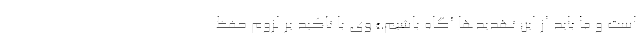
است و ما باید از این تهدیدها آگاه باشیم.» وی با تاکید بر لزوم حفظ